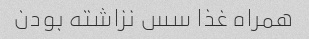
همراه غذا سس نزاشته بودن